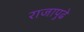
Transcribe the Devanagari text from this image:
राजापुढे